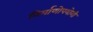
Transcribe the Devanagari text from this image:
निर्माणोपयोगी